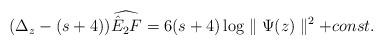
LaTeX: \begin{align*}(\Delta_z - (s+4) ) \widehat{\hat E_2 F} = 6 (s+4)\log \parallel \Psi(z) \parallel^2 +const.\end{align*}